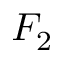
F _ { 2 }